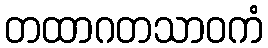
တထာဂတသာဝကံ